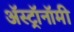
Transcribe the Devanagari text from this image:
अॅस्ट्रॉनॉमी